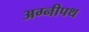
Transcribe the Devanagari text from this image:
अग्नीपथ